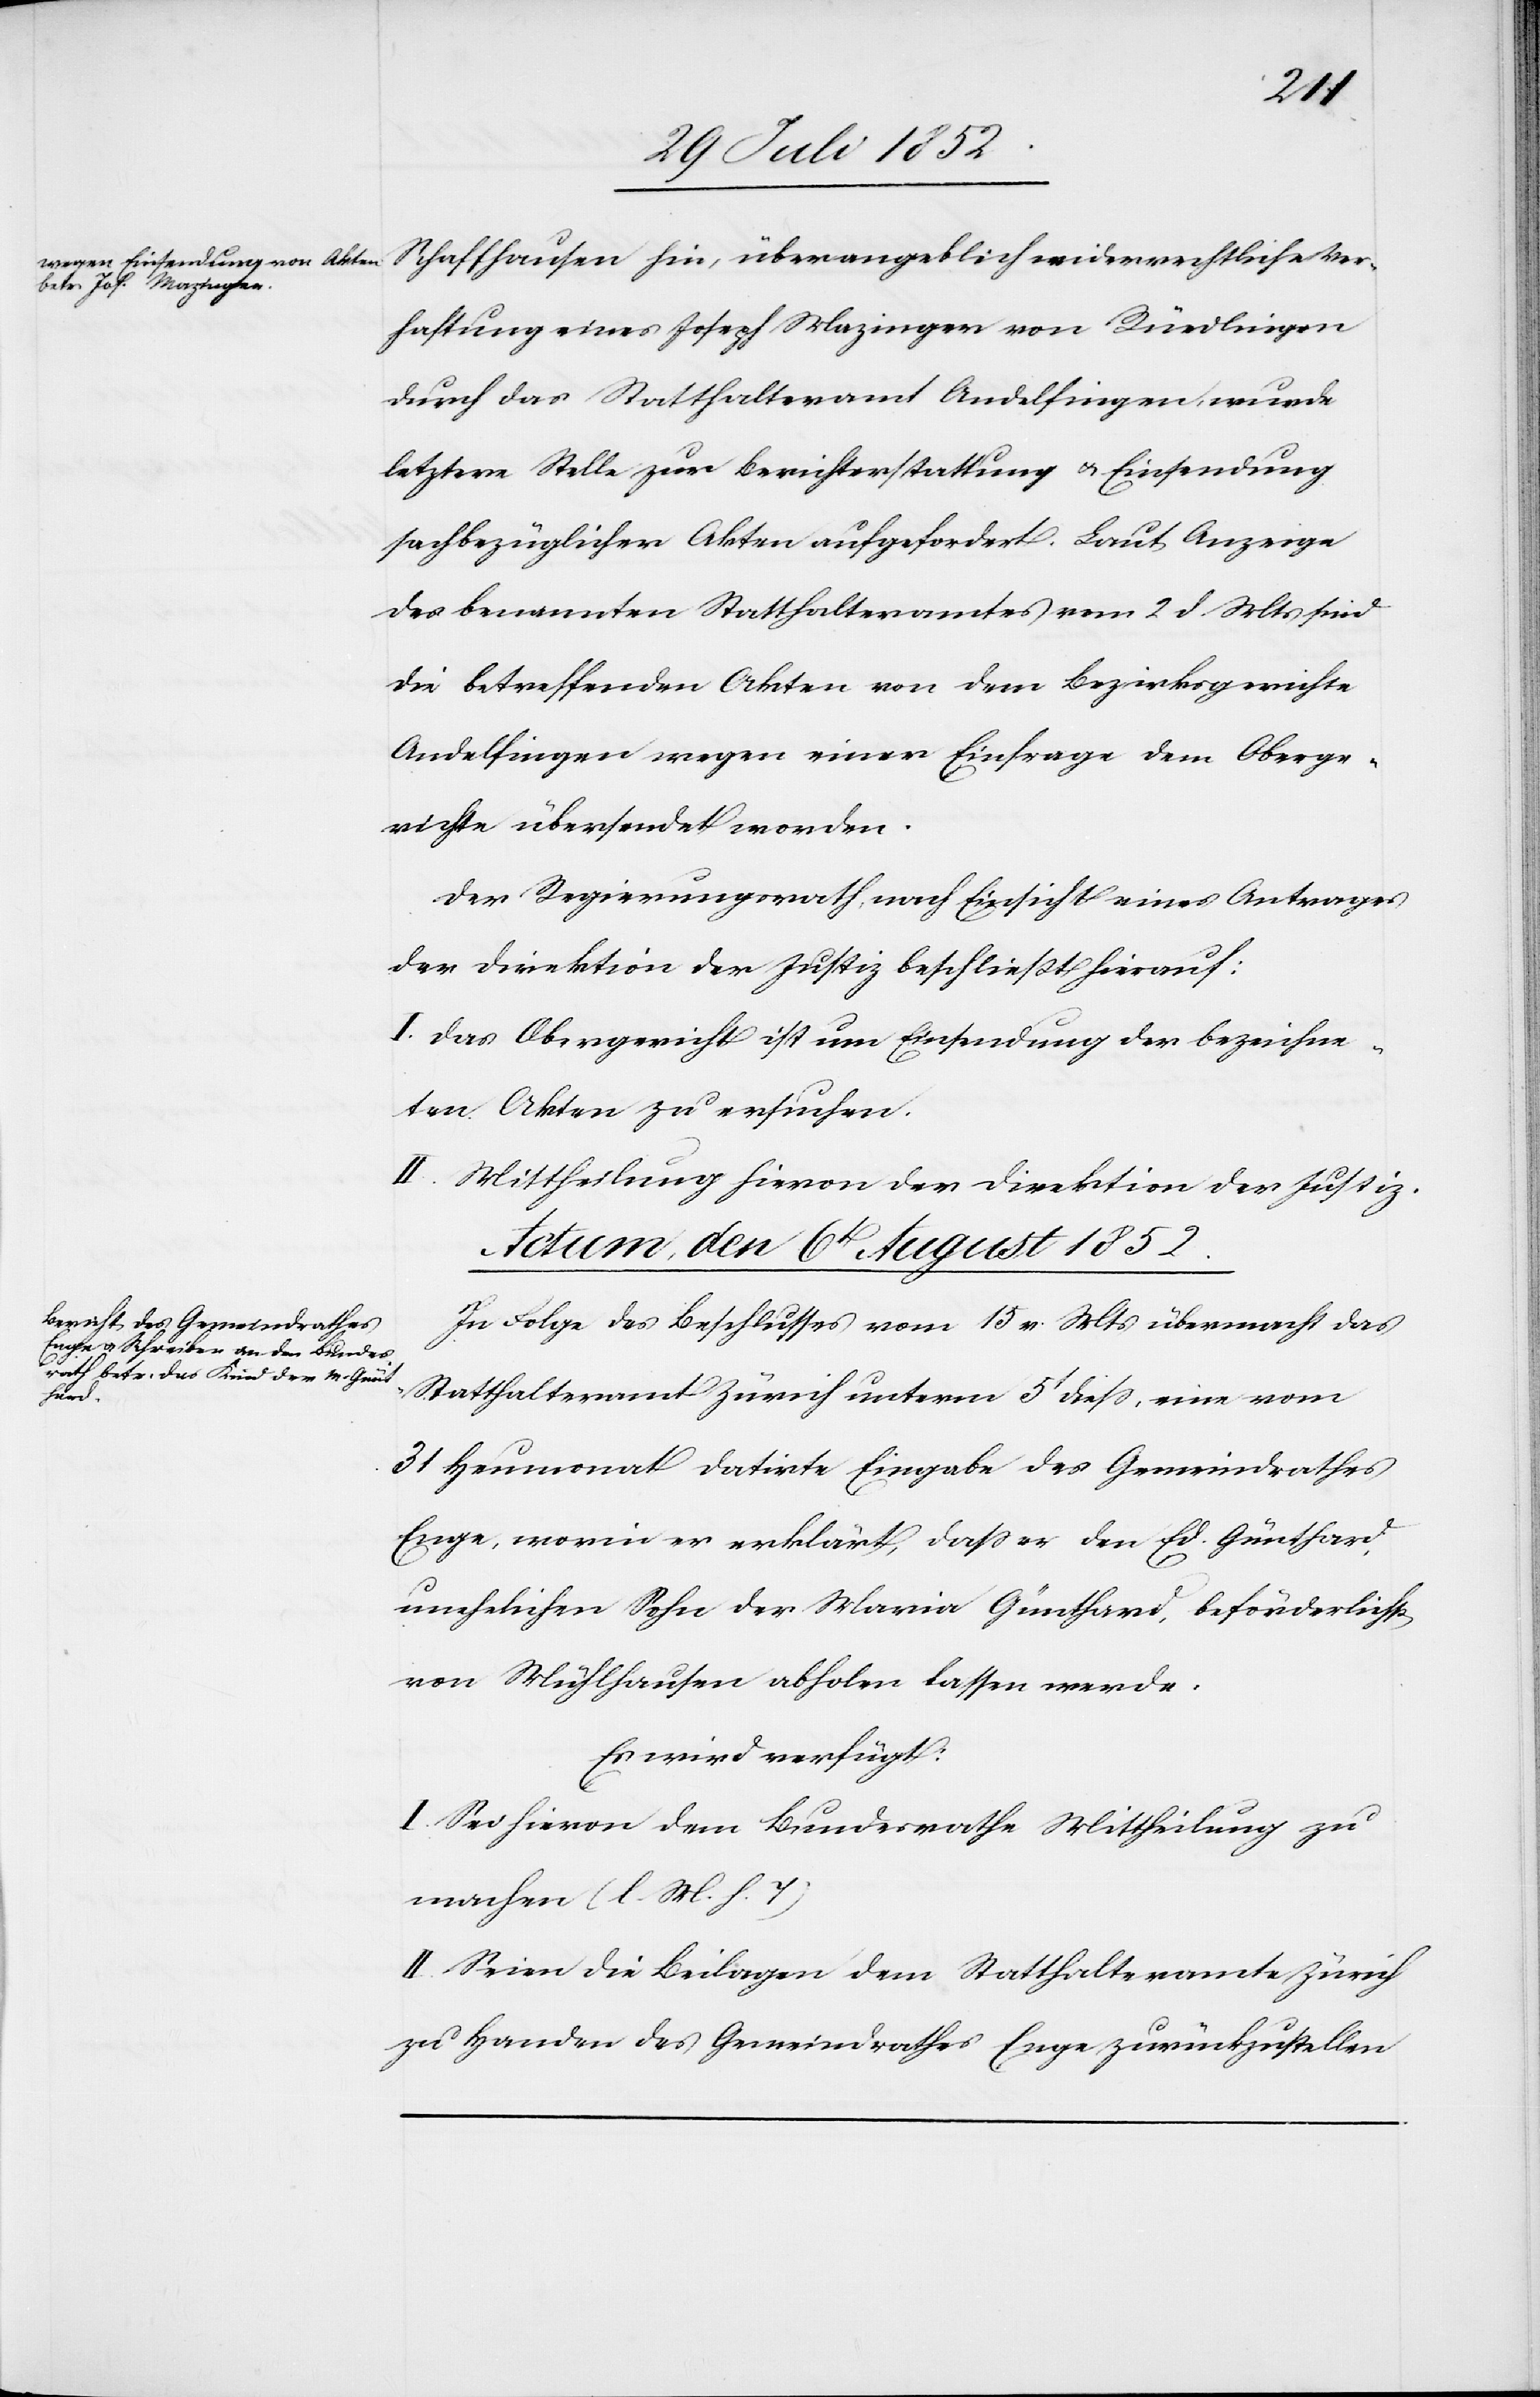
Schaffhausen hin, über angeblich widerrechtliche Ver¬
haftung eines Joseph Mazinger von Rüedlingen
durch das Statthalteramt Andelfingen, wurde
letztere Stelle zur Berichterstattung & Einsendung
sachbezüglicher Akten aufgefordert. Laut Anzeige
des benannten Statthalteramtes vom 2 d. Mts sind
die betreffenden Akten von dem Bezirksgerichte
Andelfingen wegen einer Einfrage dem Oberge¬
richte übersendet worden.
Der Regierungsrath, nach Einsicht eines Antrages
der Direktion der Justiz beschließt hierauf:
I. Das Obergericht ist um Einsendung der bezeichne¬
ten Akten zu ersuchen.
II. Mittheilung hievon der Direktion der Justiz.
Actum, den 6t August 1852.
In Folge des Beschlusses vom 15 v. Mts übermacht das
Statthalteramt Zürich unterm 5t diess, eine vom
31 Heumonat datirte Eingabe des Gemeindrathes
Enge, worin er erklärt, dass er den Ed. Günthard,
unehelichen Sohn der Maria Günthard, beförderlichst
von Mühlhausen abholen lassen werde.
Es wird verfügt:
I. Sei hievon dem Bundesrathe Mittheilung zu
machen (l. M. h. T)
II. Seien die Beilagen dem Statthalteramte Zürich
zu Handen des Gemeindrathes Enge zurückzustellen[.]